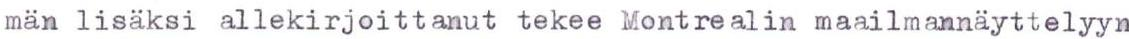
män lisäksi allekirjoittanut tekee Montrealin maailmannäyttelyyn